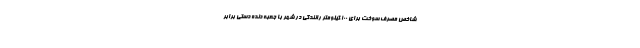
شاخص مصرف سوخت برای 100 کیلومتر رانندگی در شهر با جعبه دنده دستی برابر